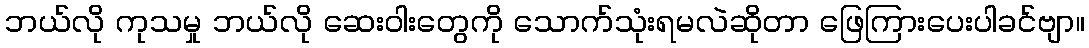
ဘယ်လို ကုသမှု ဘယ်လို ဆေးဝါးတွေကို သောက်သုံးရမလဲဆိုတာ ဖြေကြားပေးပါခင်ဗျာ။